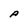
Character: A